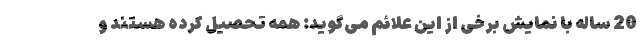
20 ساله با نمایش برخی از این علائم می‌گوید: همه تحصیل کرده هستند و